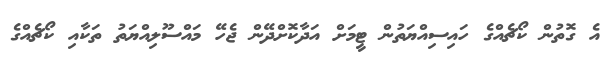
އެ ގޮތުން ކޯޗެއްގެ ހައިސިއްޔަތުން ޓީމަށް އަދާކޮށްދޭން ޖެހޭ މައްސޫލިއްޔަތު ތަކާއި ކޯޗެއްގެ